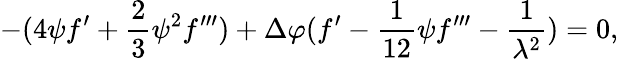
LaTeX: -(4{\psi}f^{\prime}+{\frac{2}{3}}\psi^{2}f^{\prime\prime\prime})+\Delta\varphi(f^{\prime}-{\frac{1}{12}}{\psi}f^{\prime\prime\prime}-{\frac{1}{\lambda^{2}}})=0,